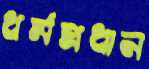
ধর্মপ্রধান